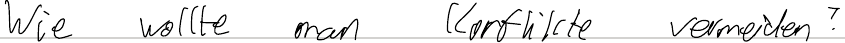
Wie wollte man Konflikte vermeiden?